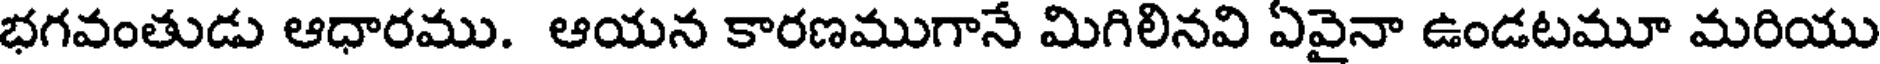
భగవంతుడు ఆధారము. ఆయన కారణముగానే మిగిలినవి ఏవైనా ఉండటమూ మరియు